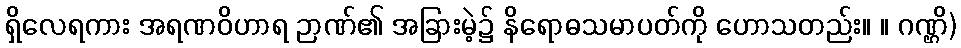
ရှိလေရကား အရဏဝိဟာရ ဉာဏ်၏ အခြားမဲ့၌ နိရောဓသမာပတ်ကို ဟောသတည်း။ ။ ဂဏ္ဌိ)